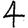
Digit: 4